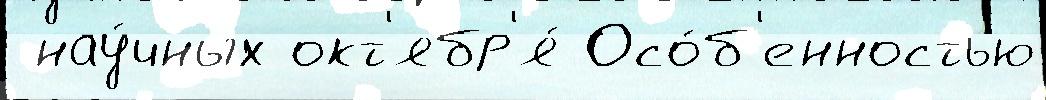
 нау́чных окт'ябр'я́ Осо́б'енностью